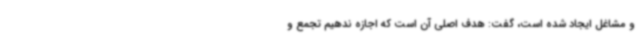
و مشاغل ایجاد شده است، گفت: هدف اصلی آن است که اجازه ندهیم تجمع و